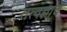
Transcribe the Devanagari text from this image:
तत्वज्ञाचे